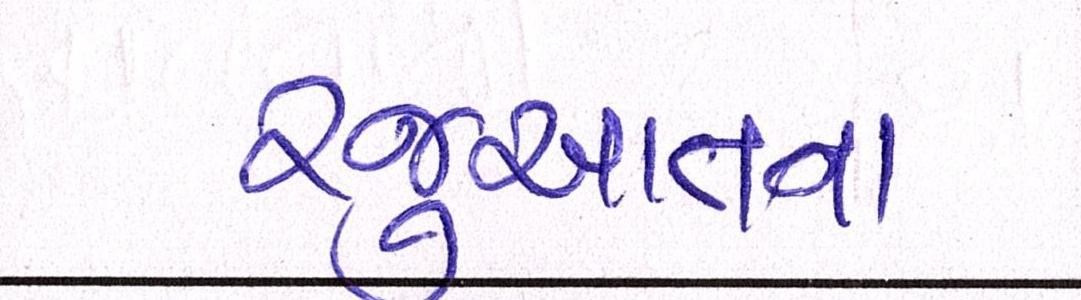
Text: રજુઆતના